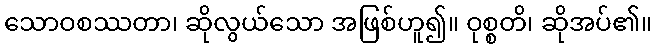
သောဝစဿတာ၊ ဆိုလွယ်သော အဖြစ်ဟူ၍။ ဝုစ္စတိ၊ ဆိုအပ်၏။